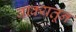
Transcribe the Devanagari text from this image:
वाक्यतून